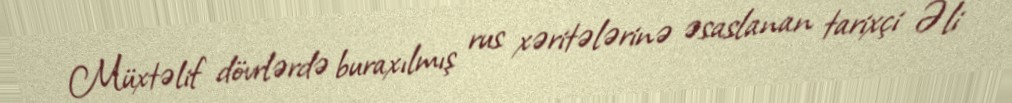
Müxtəlif dövrlərdə buraxılmış rus xəritələrinə əsaslanan tarixçi Əli